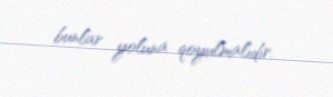
bunlar yoluna qoyulmalıdır.